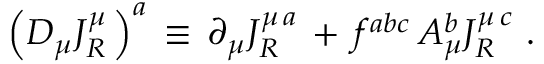
\Big ( D _ { \mu } J _ { R } ^ { \mu } \, \Big ) ^ { a } \, \equiv \, \partial _ { \mu } J _ { R } ^ { \mu \, a } \, + \, f ^ { a b c } \, A _ { \mu } ^ { b } J _ { R } ^ { \mu \, c } \, \, .